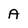
Character: A